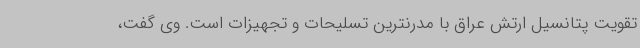
تقویت پتانسیل ارتش عراق با مدرنترین تسلیحات و تجهیزات است. وی گفت،